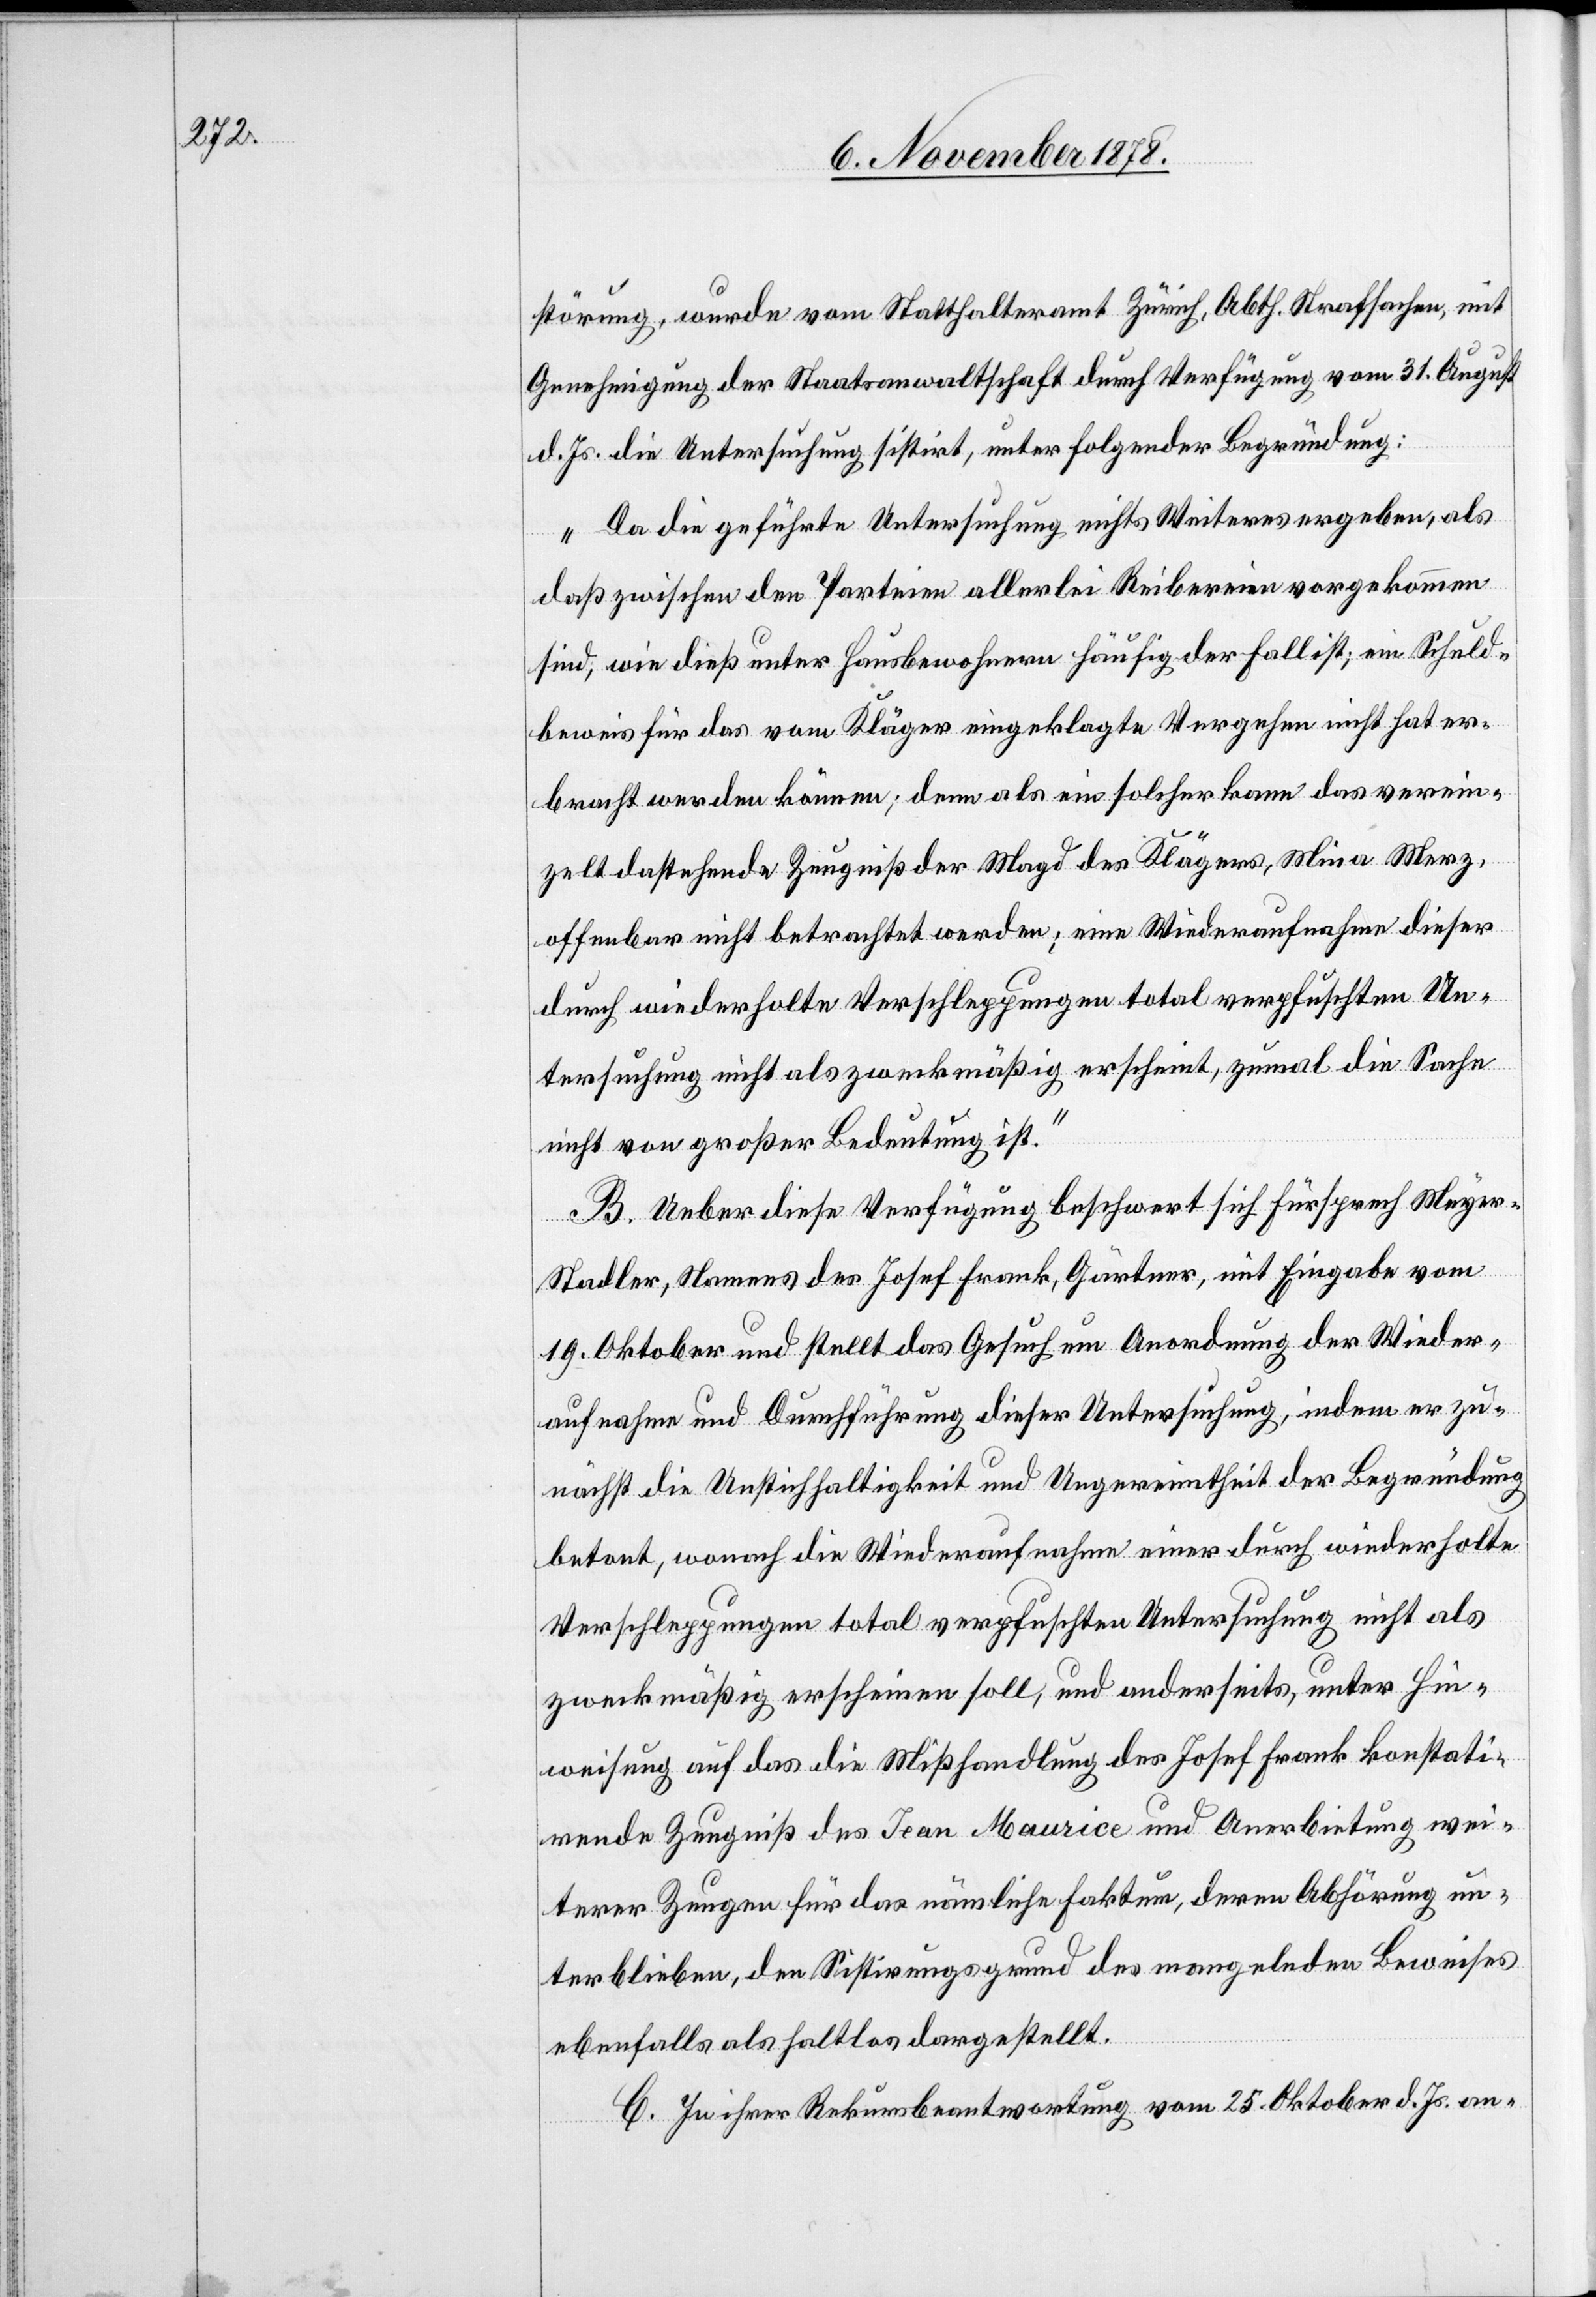
störung, wurde vom Statthalteramt Zürich, Abth. Strafsachen, mit
Genehmigung der Staatsanwaltschaft durch Verfügung vom 31. August
d. Js. die Untersuchung sistirt, unter folgender Begründung:
„Da die geführte Untersuchung nichts Weiteres ergeben, als
daß zwischen den Parteien allerlei Reibereien vorgekommen
sind, wie dieß unter Hausbewohnern häufig der Fall ist; ein Schuld¬
beweis für das vom Kläger eingeklagte Vergehen nicht hat er¬
bracht werden können; denn als ein solches kann das verein¬
zelt dastehende Zeugniß der Magd des Klägers, Mina Merz,
offenbar nicht betrachtet werden; eine Wiederaufnahme dieser
durch wiederholte Verschleppungen total verpfuschten Un¬
tersuchung nicht als zweckmäßig erscheint, zumal die Sache
nicht von großer Bedeutung ist.“
B. Ueber diese Verfügung beschwert sich Fürsprech Meye¬
r-Stadler, Namens des Josef Frank, Gärtner, mit Eingabe vom
19. Oktober und stellt das Gesuch um Anordnung der Wieder¬
aufnahme und Durchführung dieser Untersuchung, indem er zu¬
nächst die Unstichhaltigkeit und Ungereimtheit der Begründung
betont, wonach die Wiederaufnahme einer durch wiederholte
Verschleppungen total verpfuschten Untersuchung nicht als
zweckmäßig erscheinen soll; und anderseits, unter Hin¬
weisung auf das die Misshandlung des Josef Frank konstati¬
rende Zeugniß des Jean Maurice und Anerbietung wei¬
terer Zeugen für das nämliche Faktum, deren Abhörung un¬
terblieben, den Sistirungsgrund des mangelnden Beweises
ebenfalls als haltlos dargestellt.
C. In ihrer Rekursbeantwortung vom 25. Oktober d. Js. an-